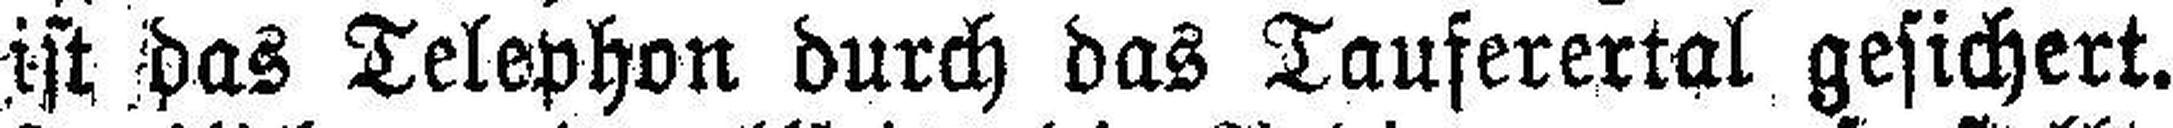
ist das Telephon durch das Tauferertal gesichert.